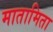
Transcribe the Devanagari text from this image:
मातामिता